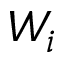
W _ { i }